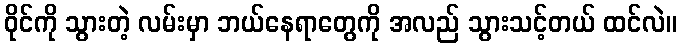
ဝိုင်ကို သွားတဲ့ လမ်းမှာ ဘယ်နေရာတွေကို အလည် သွားသင့်တယ် ထင်လဲ။